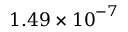
1 . 4 9 \times { { 1 0 } ^ { - 7 } }